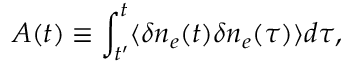
{ \cal A } ( t ) \equiv \int _ { t ^ { \prime } } ^ { t } \langle \delta n _ { e } ( t ) \delta n _ { e } ( \tau ) \rangle d \tau ,